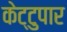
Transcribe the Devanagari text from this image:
केट्टुपार